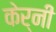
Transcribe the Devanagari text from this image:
केर्नी